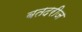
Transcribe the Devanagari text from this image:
बतदरीज